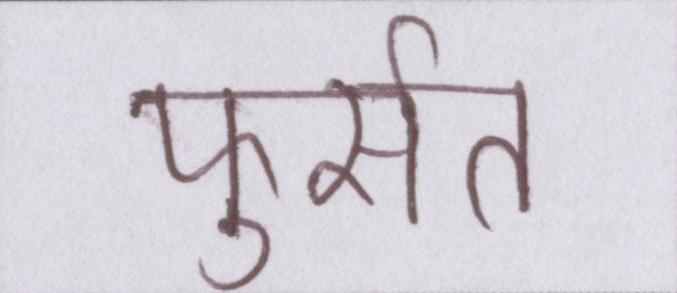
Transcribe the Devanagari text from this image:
फुर्सत